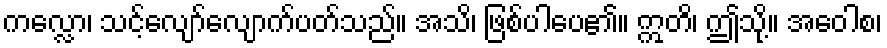
ကလ္လော၊ သင့်လျော်လျောက်ပတ်သည်။ အသိ၊ ဖြစ်ပါပေ၏။ ဣတိ၊ ဤသို့။ အဝေါစ၊